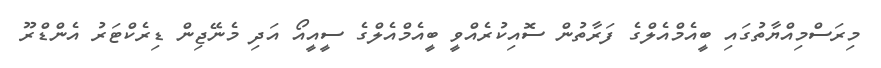
މިރަސްމިއްޔާތުގައި ބީއެމްއެލްގެ ފަރާތުން ސޮއިކުރެއްވީ ބީއެމްއެލްގެ ސީއީއޯ އަދި މެނޭޖިން ޑިރެކްޓަރު އެންޑްރޫ